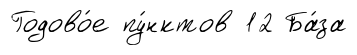
Годово́е пу́нктов 12 Ба́за